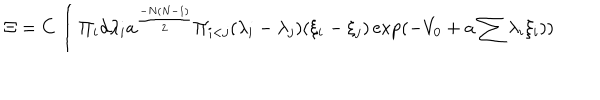
LaTeX: \Xi = C \int \Pi _ { i } d \lambda _ { i } a ^ { { \frac { - N ( N - 1 ) } { 2 } } } \Pi _ { i < j } ( \lambda _ { i } - \lambda _ { j } ) ( \xi _ { i } - \xi _ { j } ) \exp ( - V _ { 0 } + a \sum \lambda _ { i } \xi _ { i } ) )